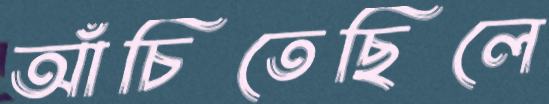
আঁচিতেছিলে